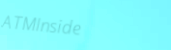
ATMInside